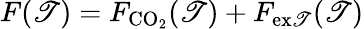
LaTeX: F(\mathscr{T})=F_{\mathrm{{CO}}_{2}}(\mathscr{T})+F_{\mathrm{{ex\mathscr{T}}}}(\mathscr{T})